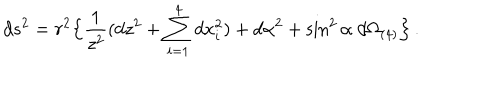
d s ^ { 2 } = r ^ { 2 } \Bigl \{ \frac { 1 } { z ^ { 2 } } ( d z ^ { 2 } + \sum _ { i = 1 } ^ { 4 } d x _ { i } ^ { 2 } ) + d \alpha ^ { 2 } + \sin ^ { 2 } \alpha \ d \Omega _ { ( 4 ) } \Bigr \} \, .